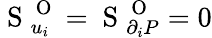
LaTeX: \mathrm{~S~}_{u_{i}}^{\mathrm{~O~}}=\mathrm{~S~}_{\partial_{i}P}^{\mathrm{~O~}}=0